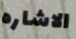
الاشاره